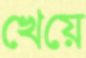
খেয়ে